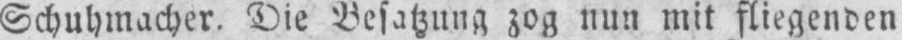
Schuhmacher. Die Besatzung zog nun mil fliegenden